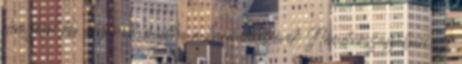
elemzései kb. olyanok, mintha a harmincas évek Németországában azt